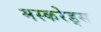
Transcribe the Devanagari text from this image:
मस्करेड्स